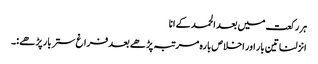
ہر رکعت میں بعد الحمد کے انا
انزلنا تین بار اور اخلاص بارہ مرتبہ پڑھے بعد فراغ ستر بار پڑھے :۔